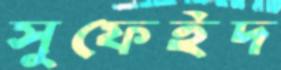
সুফেইদ